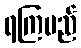
ရကြမည်